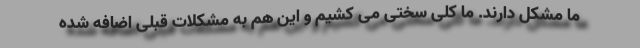
ما مشکل دارند. ما کلی سختی می کشیم و این هم به مشکلات قبلی اضافه شده